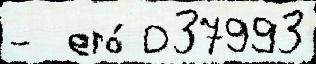
-  его́ 037993